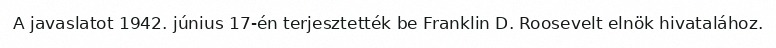
A javaslatot 1942. június 17-én terjesztették be Franklin D. Roosevelt elnök hivatalához.